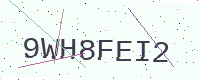
Text: 9WH8FEI2